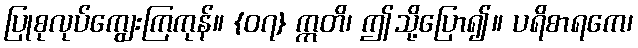
ပြုစုလုပ်ကျွေးကြကုန်။ {၀၇} ဣတိ၊ ဤသို့ပြော၍။ ပရိစာရကေ၊